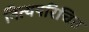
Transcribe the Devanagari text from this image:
नित्यपरिचित